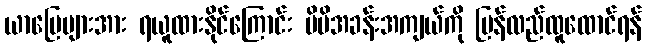
ယာမြေများအား ရယူထားနိုင်ကြောင်း မိမိအခန်းအကျယ်ကို ပြန်လည်ထူထောင်ရန်